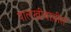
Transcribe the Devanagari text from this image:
पालखीवाडीत